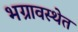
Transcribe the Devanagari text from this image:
भग्रावस्थेत